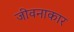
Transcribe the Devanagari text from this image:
जीवनाकार